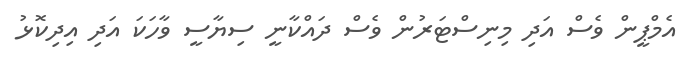
އެމްޕީން ވެސް އަދި މިނިސްޓަރުން ވެސް ދައްކާނީ ސިޔާސީ ވާހަކަ އަދި އިދިކޮޅު